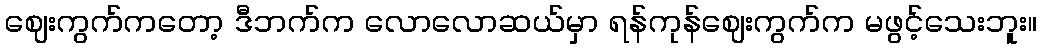
ဈေးကွက်ကတော့ ဒီဘက်က လောလောဆယ်မှာ ရန်ကုန်ဈေးကွက်က မဖွင့်သေးဘူး။